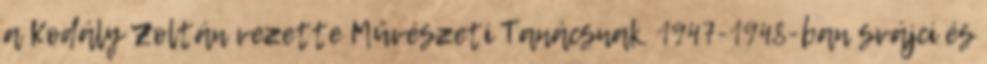
a Kodály Zoltán vezette Művészeti Tanácsnak. 1947-1948-ban svájci és